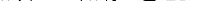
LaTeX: \smash{z_{1},\ldots,z_{N_{s}}\subset\mathbb{R}^{d}}